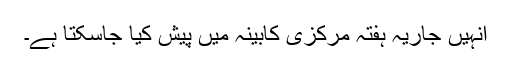
انہیں جاریہ ہفتہ مرکزی کابینہ میں پیش کیا جاسکتا ہے۔